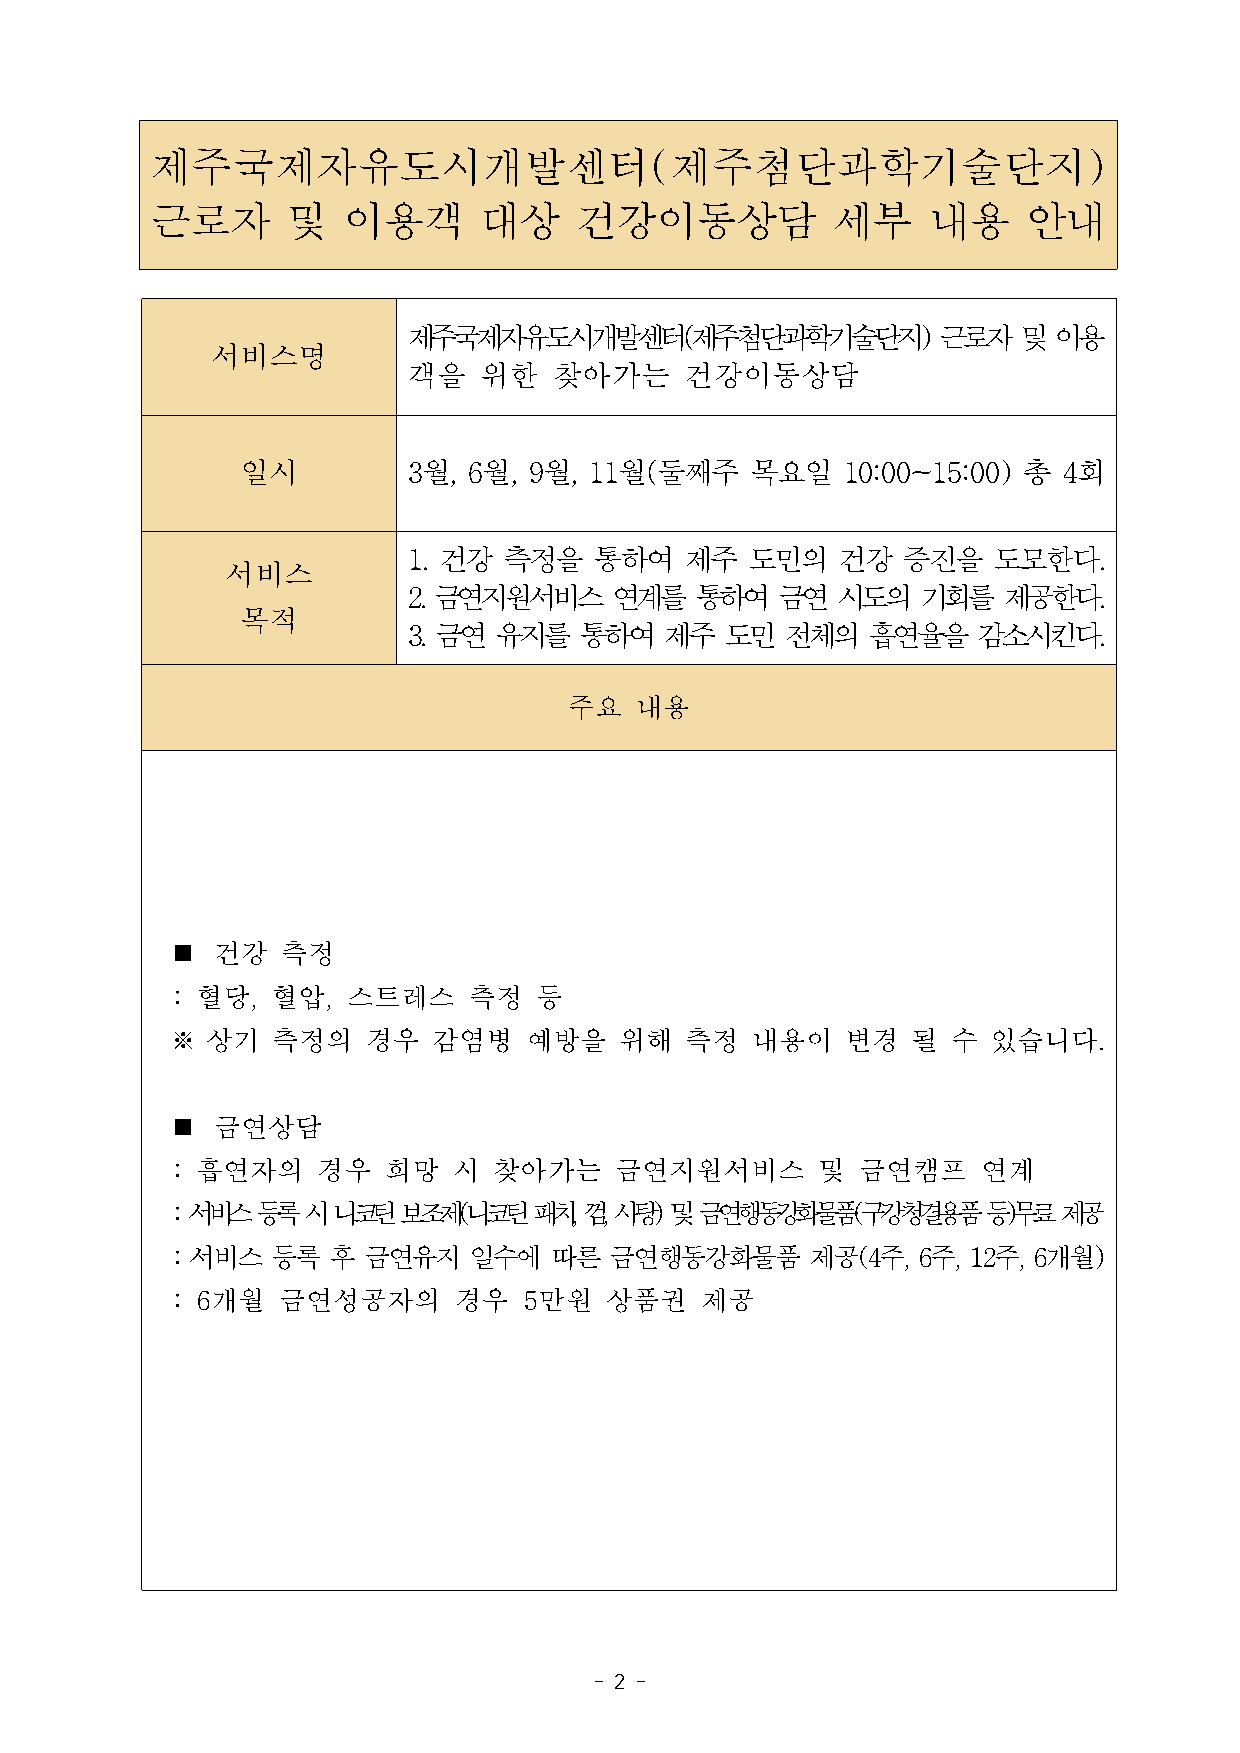
제주국제자유도시개발센터(제주첨단과학기술단지)
 근로자      및   이용객      대상    건강이동상담           세부    내용     안내
 제주국제자유도시개발센터(제주첨단과학기술단지)           근로자  및  이용
 서비스명
 객을   위한   찾아가는    건강이동상담
 일시         3월, 6월, 9월, 11월(둘째주    목요일   10:00~15:00) 총 4회
 1. 건강 측정을   통하여   제주  도민의   건강   증진을   도모한다.
 서비스
 2. 금연지원서비스   연계를   통하여  금연  시도의   기회를  제공한다.
 목적
 3. 금연 유지를  통하여   제주  도민  전체의  흡연율을    감소시킨다.
 주요  내용
 n  건강   측정
 : 혈당,  혈압,  스트레스    측정   등
 ※  상기  측정의   경우   감염병   예방을   위해  측정   내용이   변경  될  수  있습니다.
 n  금연상담
 : 흡연자의    경우  희망   시  찾아가는    금연지원서비스      및  금연캠프    연계
 : 서비스 등록 시 니코틴 보조제(니코틴  패치, 껌, 사탕) 및 금연행동강화물품(구강청결용품  등)무료 제공
 : 서비스  등록  후 금연유지   일수에  따른  금연행동강화물품      제공(4주, 6주, 12주, 6개월)
 : 6개월  금연성공자의      경우   5만원  상품권   제공
 - 2 -